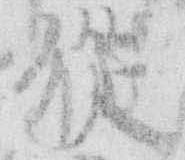
従